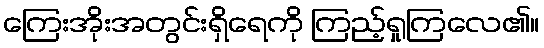
ကြေးအိုးအတွင်းရှိရေကို ကြည့်ရှုကြလေ၏။